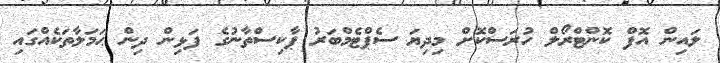
ލައިން އޮފް ކޮންޓްރޯލް ހުރަސްކޮށް މިދިޔަ ސެޕްޓެމްބަރު ޕާކިސްތާނުގެ ފަޅިން ދިން ޙަމަލާތަކެއްގައި